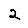
Digit: 2